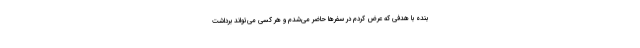
بنده با هدفی که عرض کردم در سفرها حاضر می‌شدم و هر کسی می‌تواند برداشت